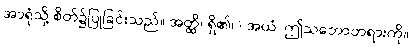
အာရုံသို့ စိတ်၌ပြုခြင်းသည်။ အတ္ထိ၊ ရှိ၏။) အယံ၊ ဤသဘောတရားကို။